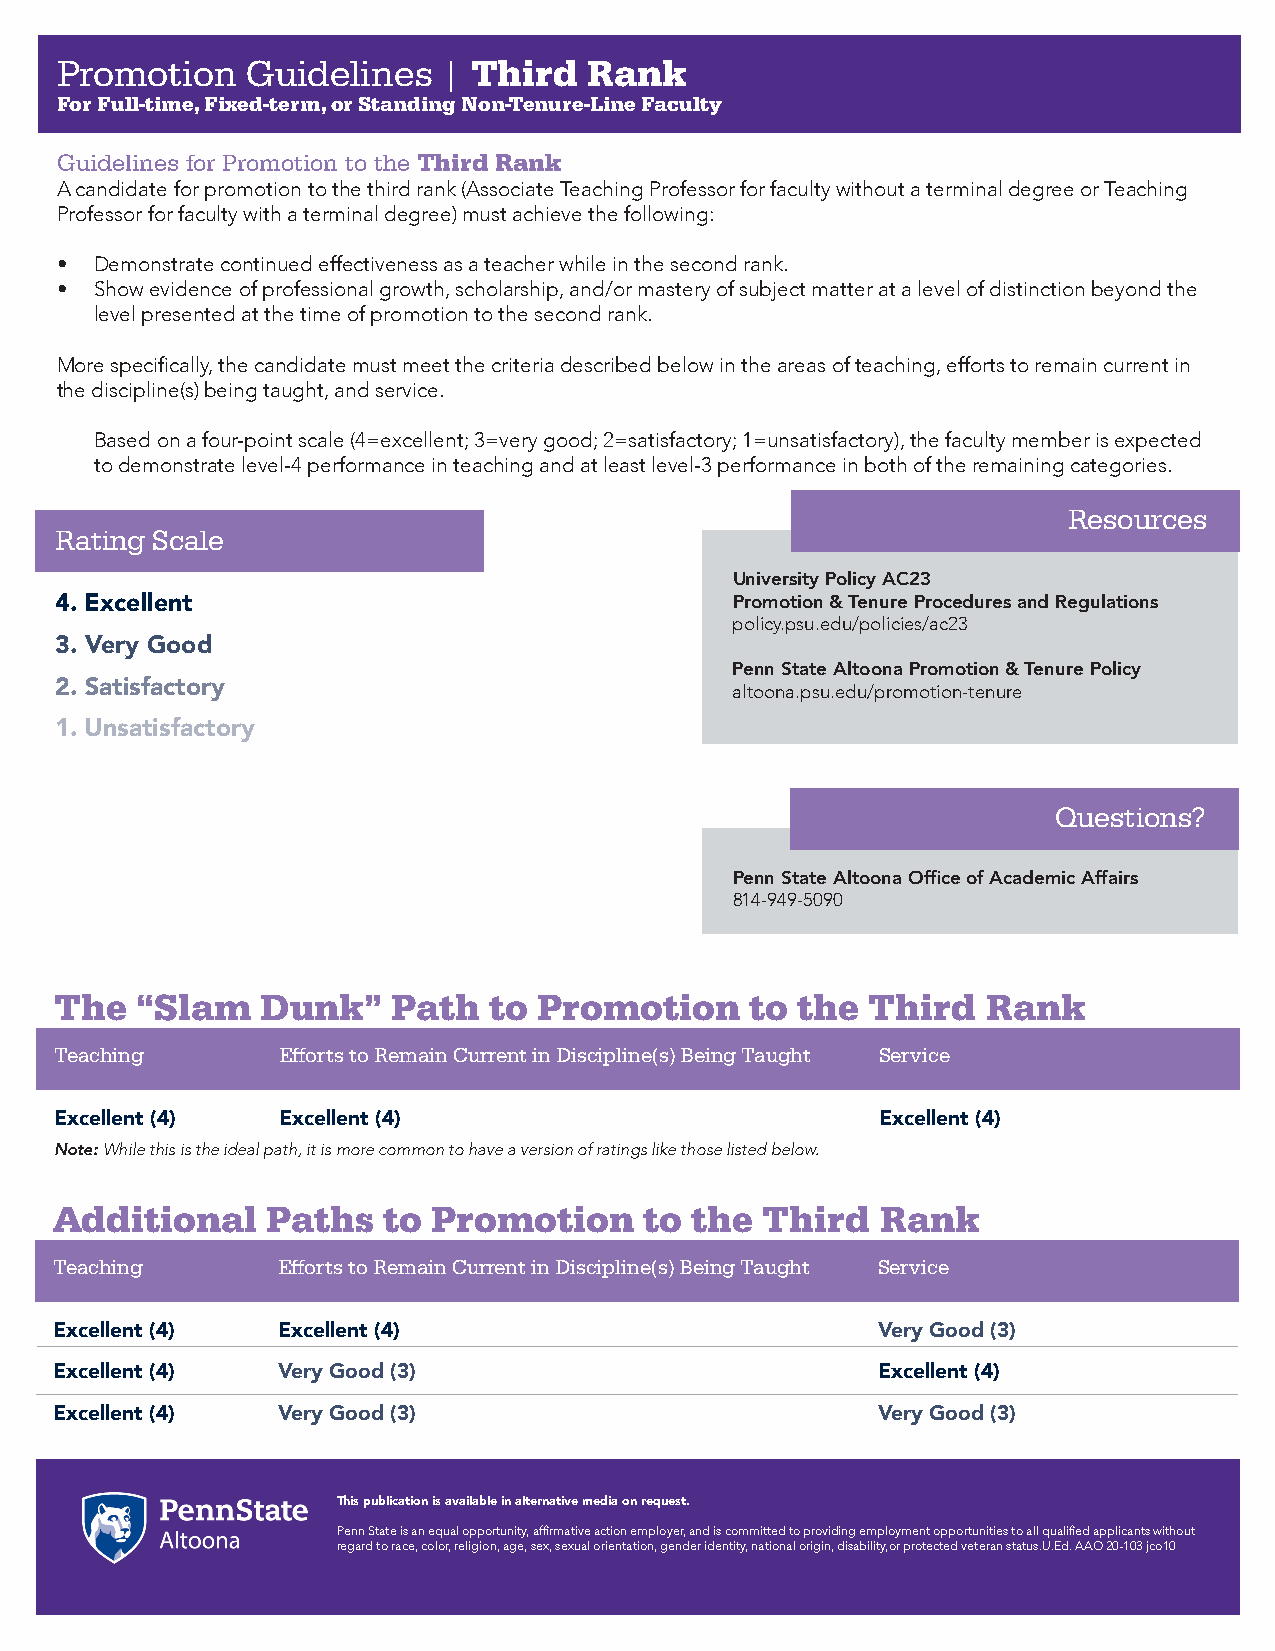
Promotion   Guidelines   | Third   Rank
 For Full-time, Fixed-term, or Standing Non-Tenure-Line Faculty
 Guidelines for Promotion to the Third Rank
 A candidate for promotion to the third rank (Associate Teaching Professor for faculty without a terminal degree or Teaching
 Professor for faculty with a terminal degree) must achieve the following:
 • Demonstrate continued effectiveness as a teacher while in the second rank.
 • Show evidence of professional growth, scholarship, and/or mastery of subject matter at a level of distinction beyond the
 level presented at the time of promotion to the second rank.
 More specifically, the candidate must meet the criteria described below in the areas of teaching, efforts to remain current in
 the discipline(s) being taught, and service.
 Based on a four-point scale (4=excellent; 3=very good; 2=satisfactory; 1=unsatisfactory), the faculty member is expected
 to demonstrate level-4 performance in teaching and at least level-3 performance in both of the remaining categories.
 Resources
 Rating Scale
 University Policy AC23
 4. Excellent                                Promotion & Tenure Procedures and Regulations
 policy.psu.edu/policies/ac23
 3. Very Good
 Penn State Altoona Promotion & Tenure Policy
 2. Satisfactory                             altoona.psu.edu/promotion-tenure
 1. Unsatisfactory
 Questions?
 Penn State Altoona Office of Academic Affairs
 814-949-5090
 The  “Slam   Dunk”    Path  to  Promotion     to the  Third  Rank
 Teaching      Efforts to Remain Current in Discipline(s) Being Taught Service
 Excellent (4) Excellent (4)                           Excellent (4)
 Note: While this is the ideal path, it is more common to have a version of ratings like those listed below.
 Additional    Paths  to  Promotion     to the  Third  Rank
 Teaching      Efforts to Remain Current in Discipline(s) Being Taught Service
 Excellent (4) Excellent (4)                           Very Good (3)
 Excellent (4) Very Good (3)                           Excellent (4)
 Excellent (4) Very Good (3)                           Very Good (3)
 This publication is available in alternative media on request.
 Penn State is an equal opportunity, affirmative action employer, and is committed to providing employment opportunities to all qualified applicants without
 regard to race, color, religion, age, sex, sexual orientation, gender identity, national origin, disability,or protected veteran status.U.Ed. AAO 20-103 jco10